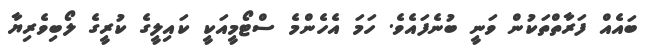
ބައެއް ފަރާތްތަކުން ވަނީ ބުނެފައެވެ. ހަމަ އެހެންމެ ސްޓޯމީއަކީ ކައިލީގެ ކުރީގެ ލޯބިވެރިޔާ